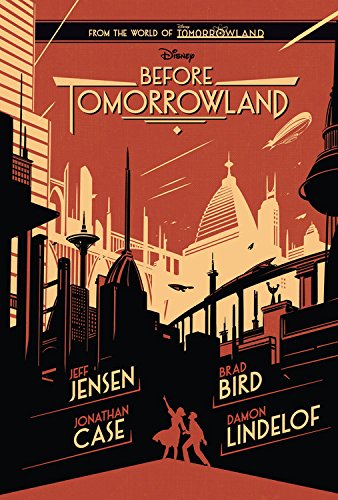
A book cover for Before Tomorrowland; Jeff Jensen; Teen & Young Adult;